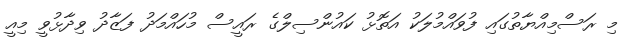
މި ރަސްމިއްޔާތުގައި ފުވައްމުލަކު އަތޮޅު ކައުންސިލްގެ ރައީސް މުހައްމަދު ފަޒާދު ވިދާޅުވީ މިއީ